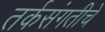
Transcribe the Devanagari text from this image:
तर्कसंगतीचे